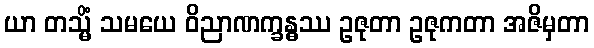
ယာ တသ္မိံ သမယေ ဝိညာဏက္ခန္ဓဿ ဥဇုတာ ဥဇုကတာ အဇိမှတာ